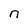
Character: n